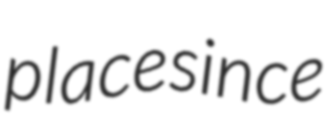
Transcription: place since